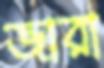
জারা